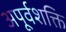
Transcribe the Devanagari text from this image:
अपूर्वशक्ति